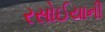
રસોઈયાની